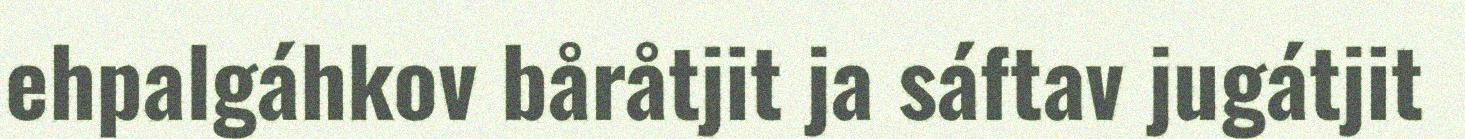
ehpalgáhkov båråtjit ja sáftav jugátjit